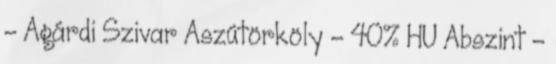
- Agárdi Szivar Aszútörköly - 40% HU Abszint -